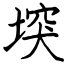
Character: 堗